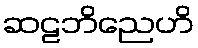
ဆဠဘိညေဟိ